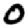
Digit: 0